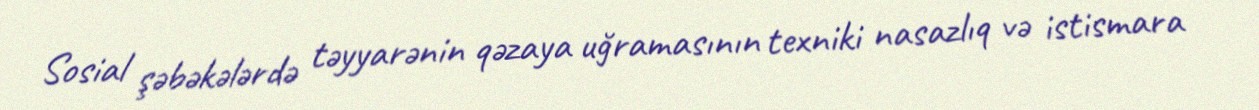
Sosial şəbəkələrdə təyyarənin qəzaya uğramasının texniki nasazlıq və istismara